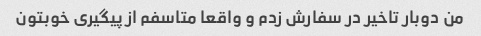
من دوبار تاخیر در سفارش زدم و واقعا متاسفم از پیگیری خوبتون